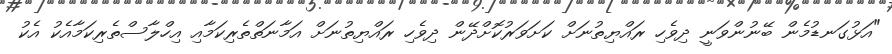
"އަޅުގަނޑުމެން ބޭނުންވަނީ ދިވެހި ރައްޔިތުނަށް ކަށަވަރުކޮށްދޭން ދިވެހި ރައްޔިތުނަށް އަމާނަތްތެރިކަމާއި އިހްލާސްތެރިކަމާއެކު އެކު